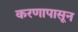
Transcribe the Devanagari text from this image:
करणापासून